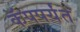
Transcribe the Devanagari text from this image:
कॅपपर्यंत